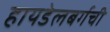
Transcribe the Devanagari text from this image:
हायडेलबर्गची